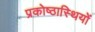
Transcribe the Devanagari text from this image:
प्रकोष्ठास्थियों